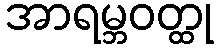
အာရမ္ဘဝတ္ထု